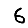
Digit: 6